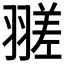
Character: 𦒁